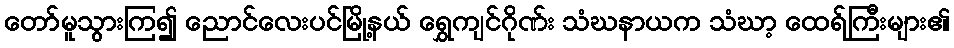
တော်မူသွားကြ၍ ညောင်လေးပင်မြို့နယ် ရွှေကျင်ဂိုဏ်း သံဃနာယက သံဃာ့ ထေရ်ကြီးများ၏